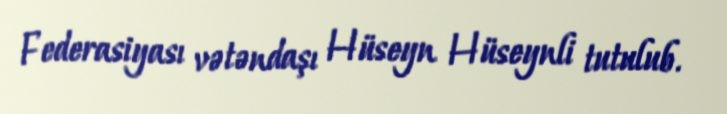
Federasiyası vətəndaşı Hüseyn Hüseynli tutulub.